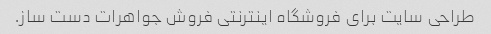
طراحی سایت برای فروشگاه اینترنتی فروش جواهرات دست ساز.